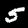
Label: 5